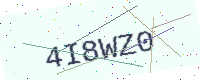
Text: 4I8WZ0